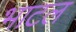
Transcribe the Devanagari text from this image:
भाटल